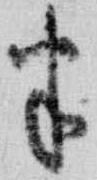
半